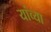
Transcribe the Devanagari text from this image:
यांव्या